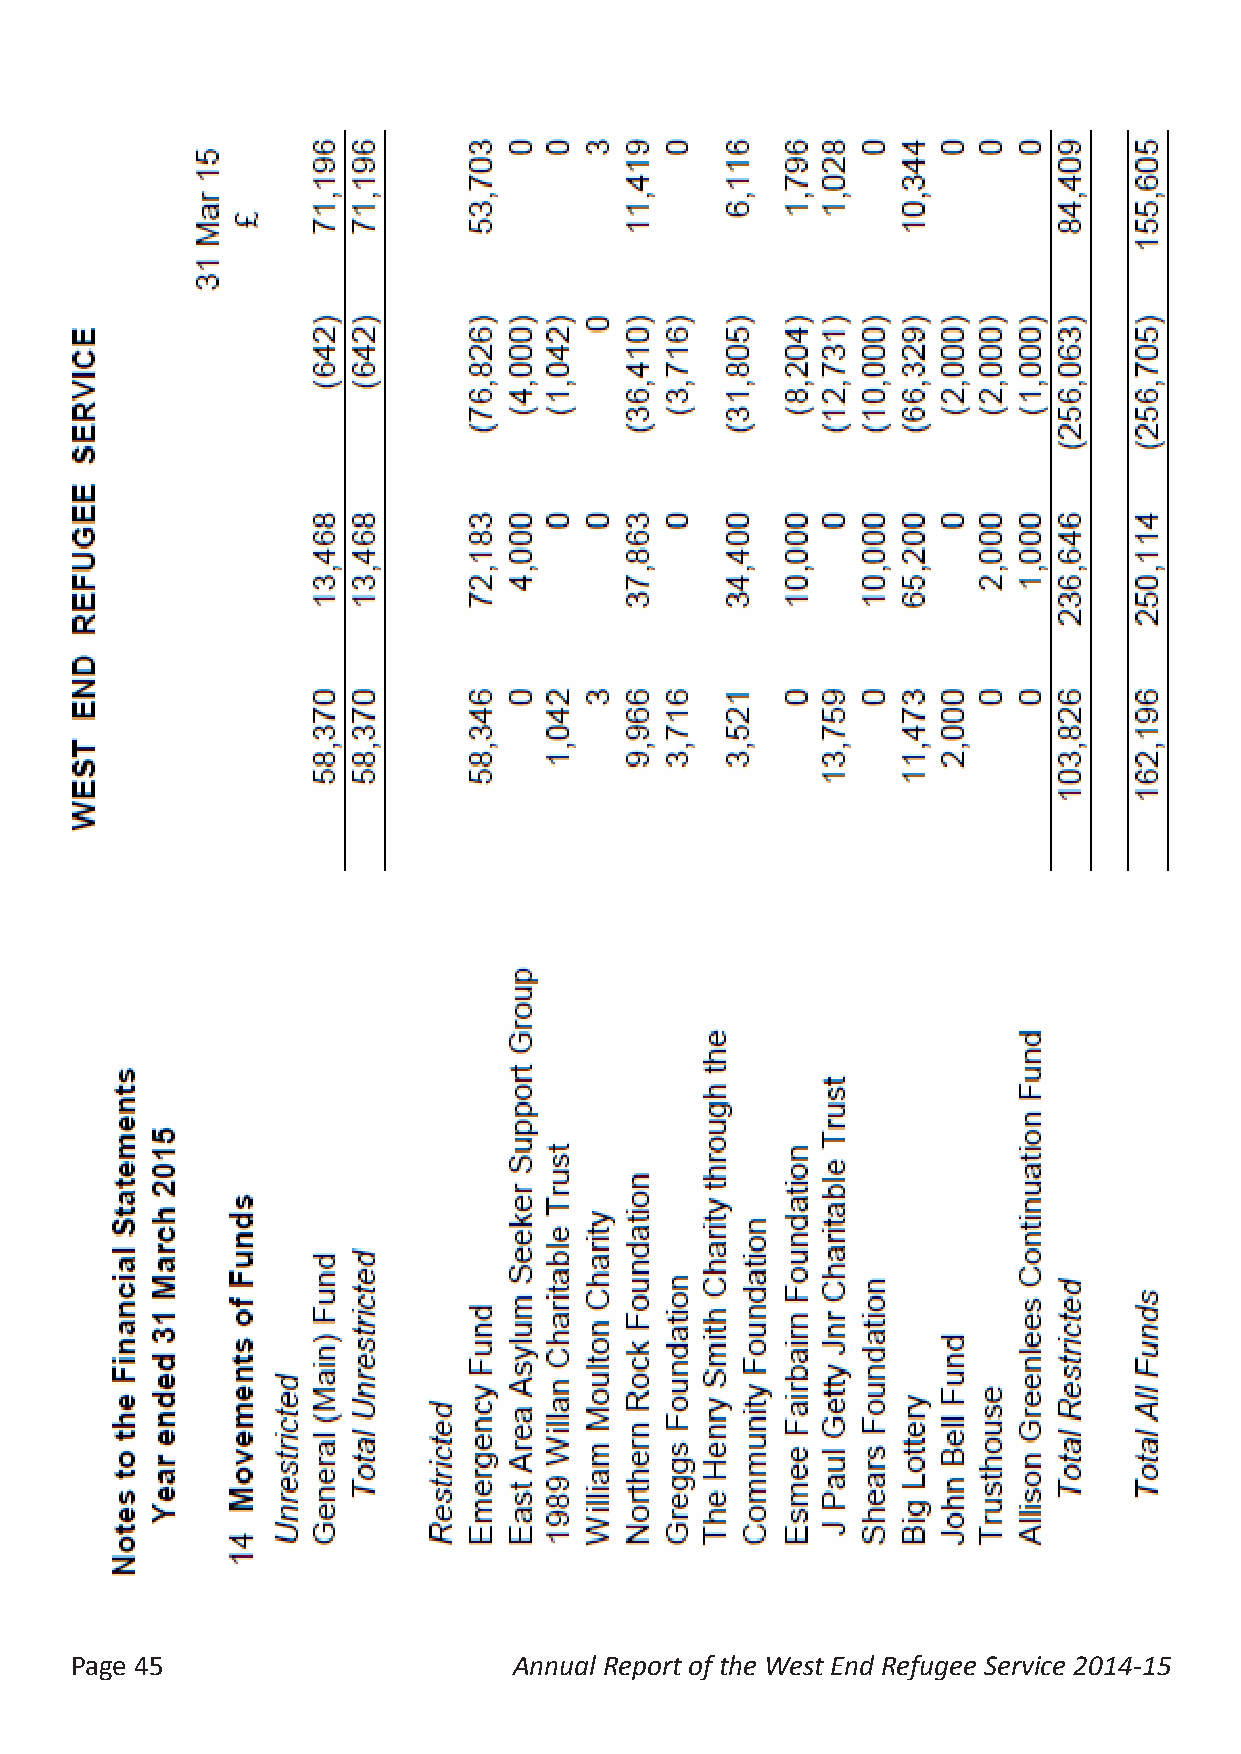
Page 45                      Annual Report of the West End Refugee Service 2014-15